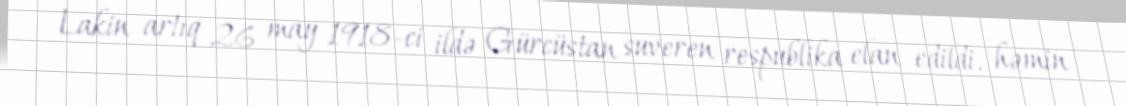
Lakin artıq 26 may 1918-ci ildə Gürcüstan suveren respublika elan edildi, həmin